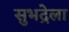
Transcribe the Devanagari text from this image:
सुभद्रेला